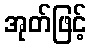
အုတ်ဖြင့်